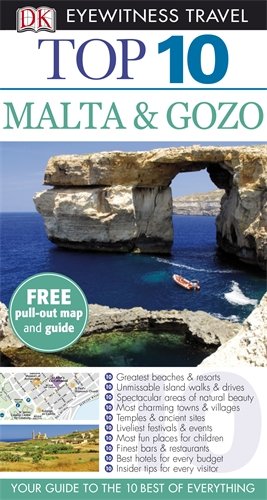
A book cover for DK Eyewitness Top 10 Travel Guide: Malta & Gozo; Mary-Ann Gallagher; Travel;